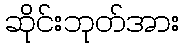
ဆိုင်းဘုတ်အား